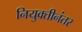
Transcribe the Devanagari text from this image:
नियुक्तीनंतर